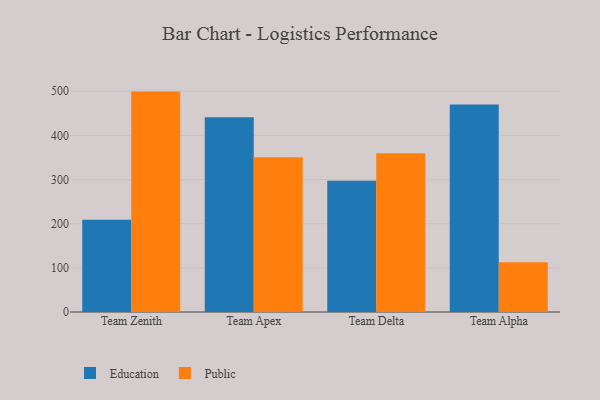
{"axis": {"x": "Team", "y": "Waste Production (Tons)"}, "legend": ["Education", "Public"], "data": [{"x": "Team Zenith", "y": 209.1, "type": "Education"}, {"x": "Team Zenith", "y": 499.2, "type": "Public"}, {"x": "Team Apex", "y": 441.0, "type": "Education"}, {"x": "Team Apex", "y": 350.6, "type": "Public"}, {"x": "Team Delta", "y": 297.2, "type": "Education"}, {"x": "Team Delta", "y": 359.3, "type": "Public"}, {"x": "Team Alpha", "y": 469.8, "type": "Education"}, {"x": "Team Alpha", "y": 112.7, "type": "Public"}]}